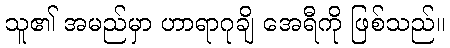
သူ၏ အမည်မှာ ဟာရာဂုချိ အေရီကို ဖြစ်သည်။